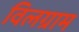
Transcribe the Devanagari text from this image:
विलग्राम